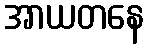
အာယတနေ